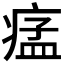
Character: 𤷪